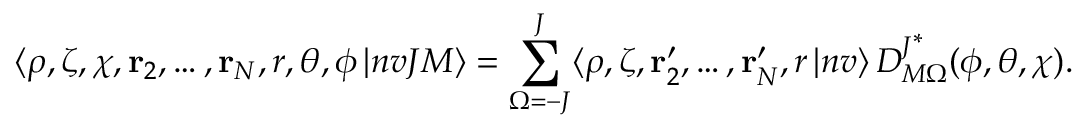
\langle \rho , \zeta , \chi , \mathbf { r } _ { 2 } , \dots , \mathbf { r } _ { N } , r , \theta , \phi \, | n v J M \rangle = \sum _ { \Omega = - J } ^ { J } \langle \rho , \zeta , \mathbf { r } _ { 2 } ^ { \prime } , \dots , \mathbf { r } _ { N } ^ { \prime } , r \, | n v \rangle \, D _ { M \Omega } ^ { J ^ { \scriptstyle * } } ( \phi , \theta , \chi ) .